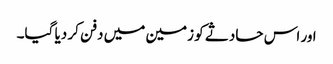
اور اس حادثے کو زمین میں دفن کر دیا گیا۔